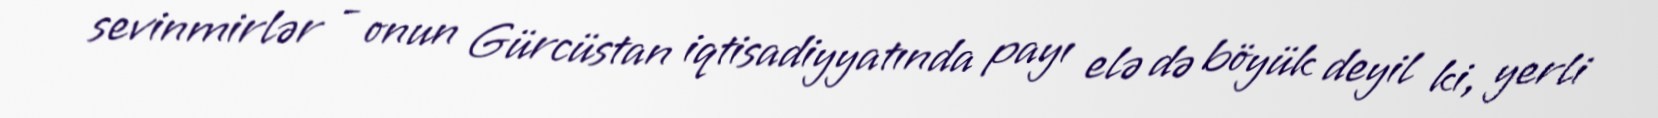
sevinmirlər - onun Gürcüstan iqtisadiyyatında payı elə də böyük deyil ki, yerli